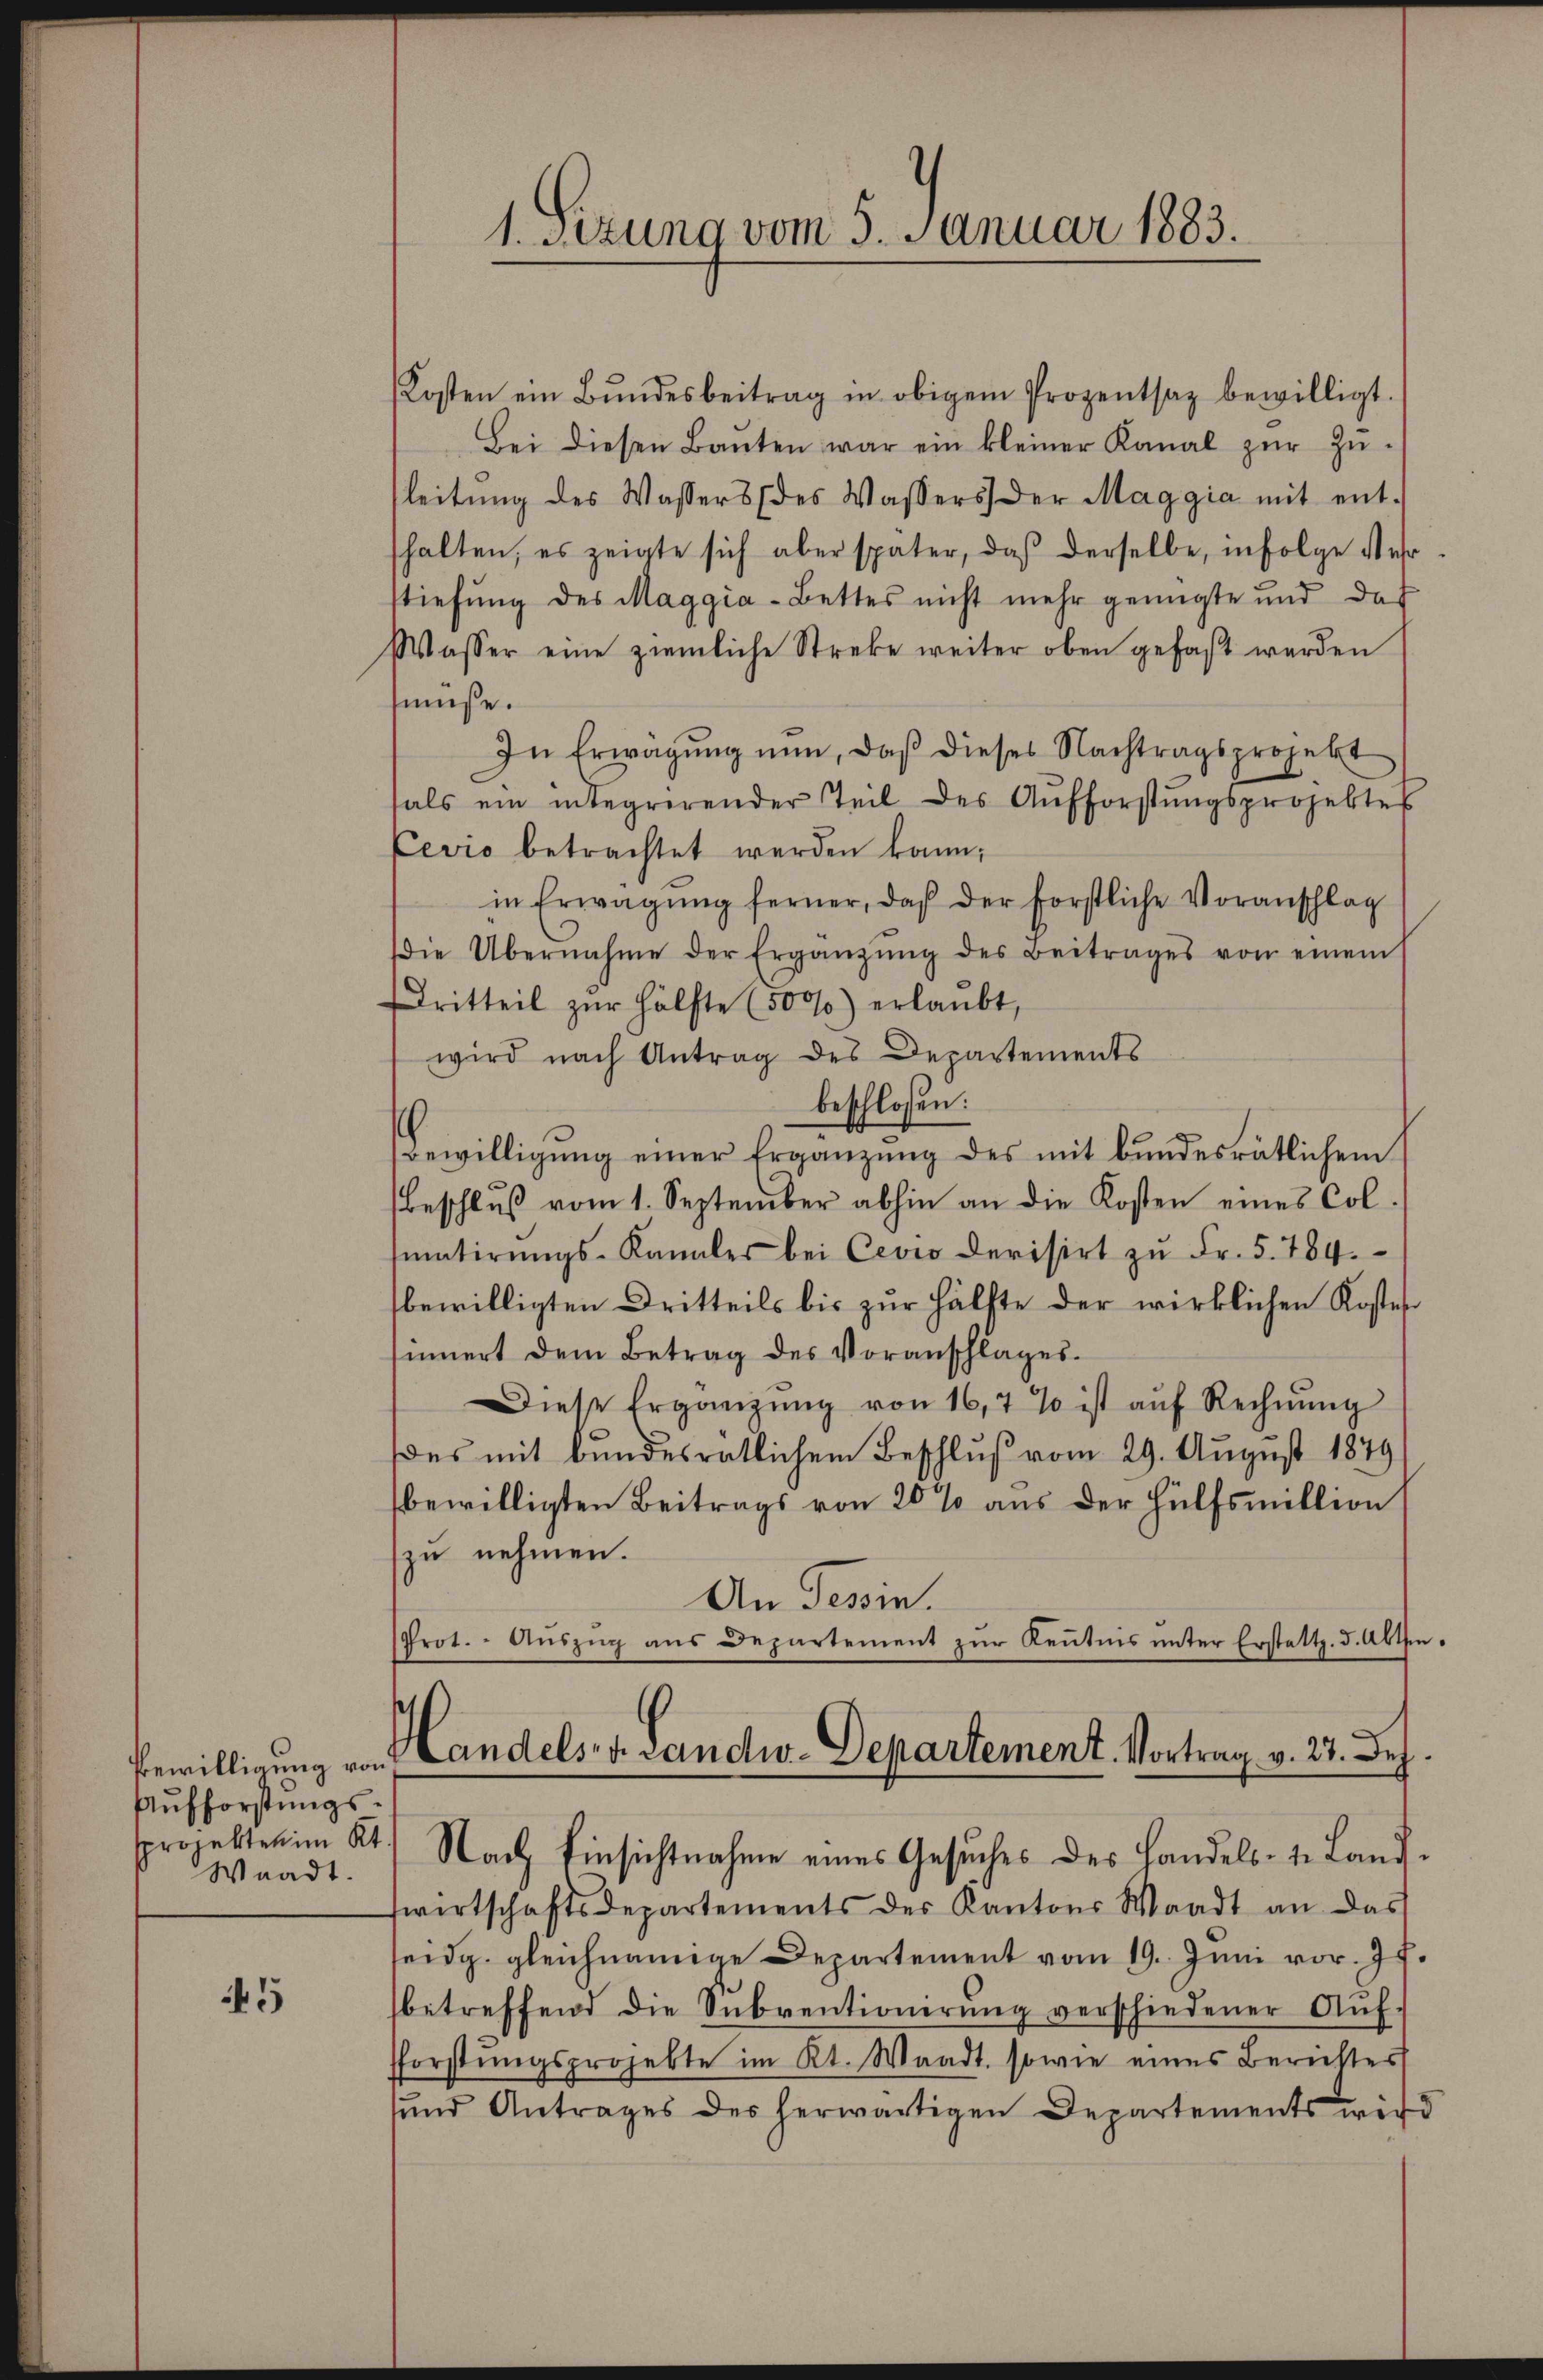
Aufforstungspprobten im Kt.
Waadt.

45

1. Setzung vom 5. Januar 1883.

Kosten ein Bŭndesbeitrag in obigem Prozentsaz bewilligt.
Bei diesen Bauten war ein kleiner Kanal zŭr Zŭ-
leitŭng des Wassers (des Wassers der Maggia mit ent-
halten, es zeigte sich aber später, daβ derselbe, infolge Mehr
stiefung des Maggia-Bettes nicht mehr genügte und das
Wasser eine ziemliche Streke weiter oben gefaßt werden
müße.
In Erwägŭng nun, daβ dieses Nachtragsprojekt
als ein integrerender Teil des Aufforstŭngsprojektes
Cevio betrachtet werden kann;
in Erwägŭng ferner, daß der forstliche Voranschlag
ie Übernahme der Ergänzŭng des Beitrages von einem
Dritteil zŭr Hälfte (50%) erlaŭbt,
wird nach Antrag des Departements
beschloßen:
Bewilligung einer Ergänzung des mit bundesrätlichem
Beschluß vom 1. September abhin an die Kosten eines Colatierŭngs-Kanzler bei Cevio devisirt zŭ Fr. 5. 784.
bewilligten Dritteils bis zur Hälfte der wirklichen Kostes
sinnert dem Betrag des Voranschlages.
Diese Ergänzŭng von 16, 7 % ist aŭf Rechnŭng
des mit bundesrätlichem Beschluß vom 29. August 1849
bewilligten Beitrags von 20 % aus der Hülfsmillion
zu nehmen.
An Tessin.
Prot. - Aŭszŭg ans Departement zŭr Keṅtnis ŭnter Erstattz. 5. Abth.
.
Bewilligung von Landelsre Landw. Departement. Vortrag v. 27. Dez
Nach Einsichtnahme eines Gesuches des Handels- & Land
wirtschaftsdepartements des Kantons Waadt an das
seidg. gleichnamige Departement vom 19. Juni vor.
betreffend die Subventionirŭng verschiedener Aŭf-
forstŭngsprojekte im Kt. Waadt, sowie eines Berichtes
sund Antrages der herwärtigen Departements wir